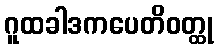
ဂူထခါဒကပေတိဝတ္ထု